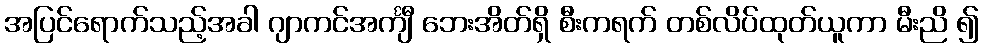
အပြင်ရောက်သည့်အခါ ဂျာကင်အင်္ကျီ ဘေးအိတ်ရှိ စီးကရက် တစ်လိပ်ထုတ်ယူကာ မီးညိ ၍